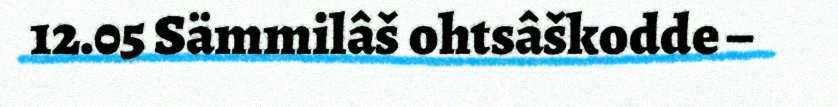
12.05 Sämmilâš ohtsâškodde –